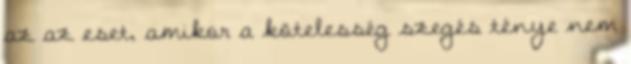
az az eset, amikor a kötelesség szegés ténye nem